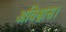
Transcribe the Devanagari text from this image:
अविश्वास।